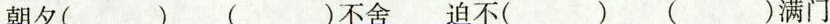
朝夕( ) ( )不舍 迫不( ) ( )满门